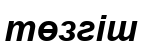
төзгіш